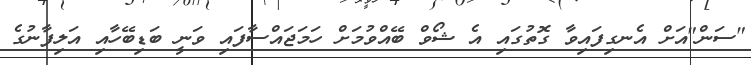
"ސަން"އަށް އެނގިފައިވާ ގޮތުގައި އެ ޝޯވް ބޭއްވުމަށް ހަމަޖައްސާފައި ވަނީ ބަޑިބޭހާއި އަލިފާނުގެ